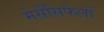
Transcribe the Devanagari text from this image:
मेसेंसिफेलों